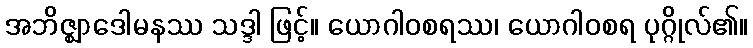
အဘိဇ္ဈာဒေါမနဿ သဒ္ဒါ ဖြင့်။ ယောဂါဝစရဿ၊ ယောဂါဝစရ ပုဂ္ဂိုလ်၏။